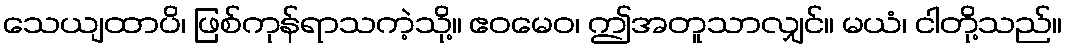
သေယျထာပိ၊ ဖြစ်ကုန်ရာသကဲ့သို့။ ဧဝမေဝ၊ ဤအတူသာလျှင်။ မယံ၊ ငါတို့သည်။